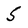
Character: 5